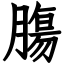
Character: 膓